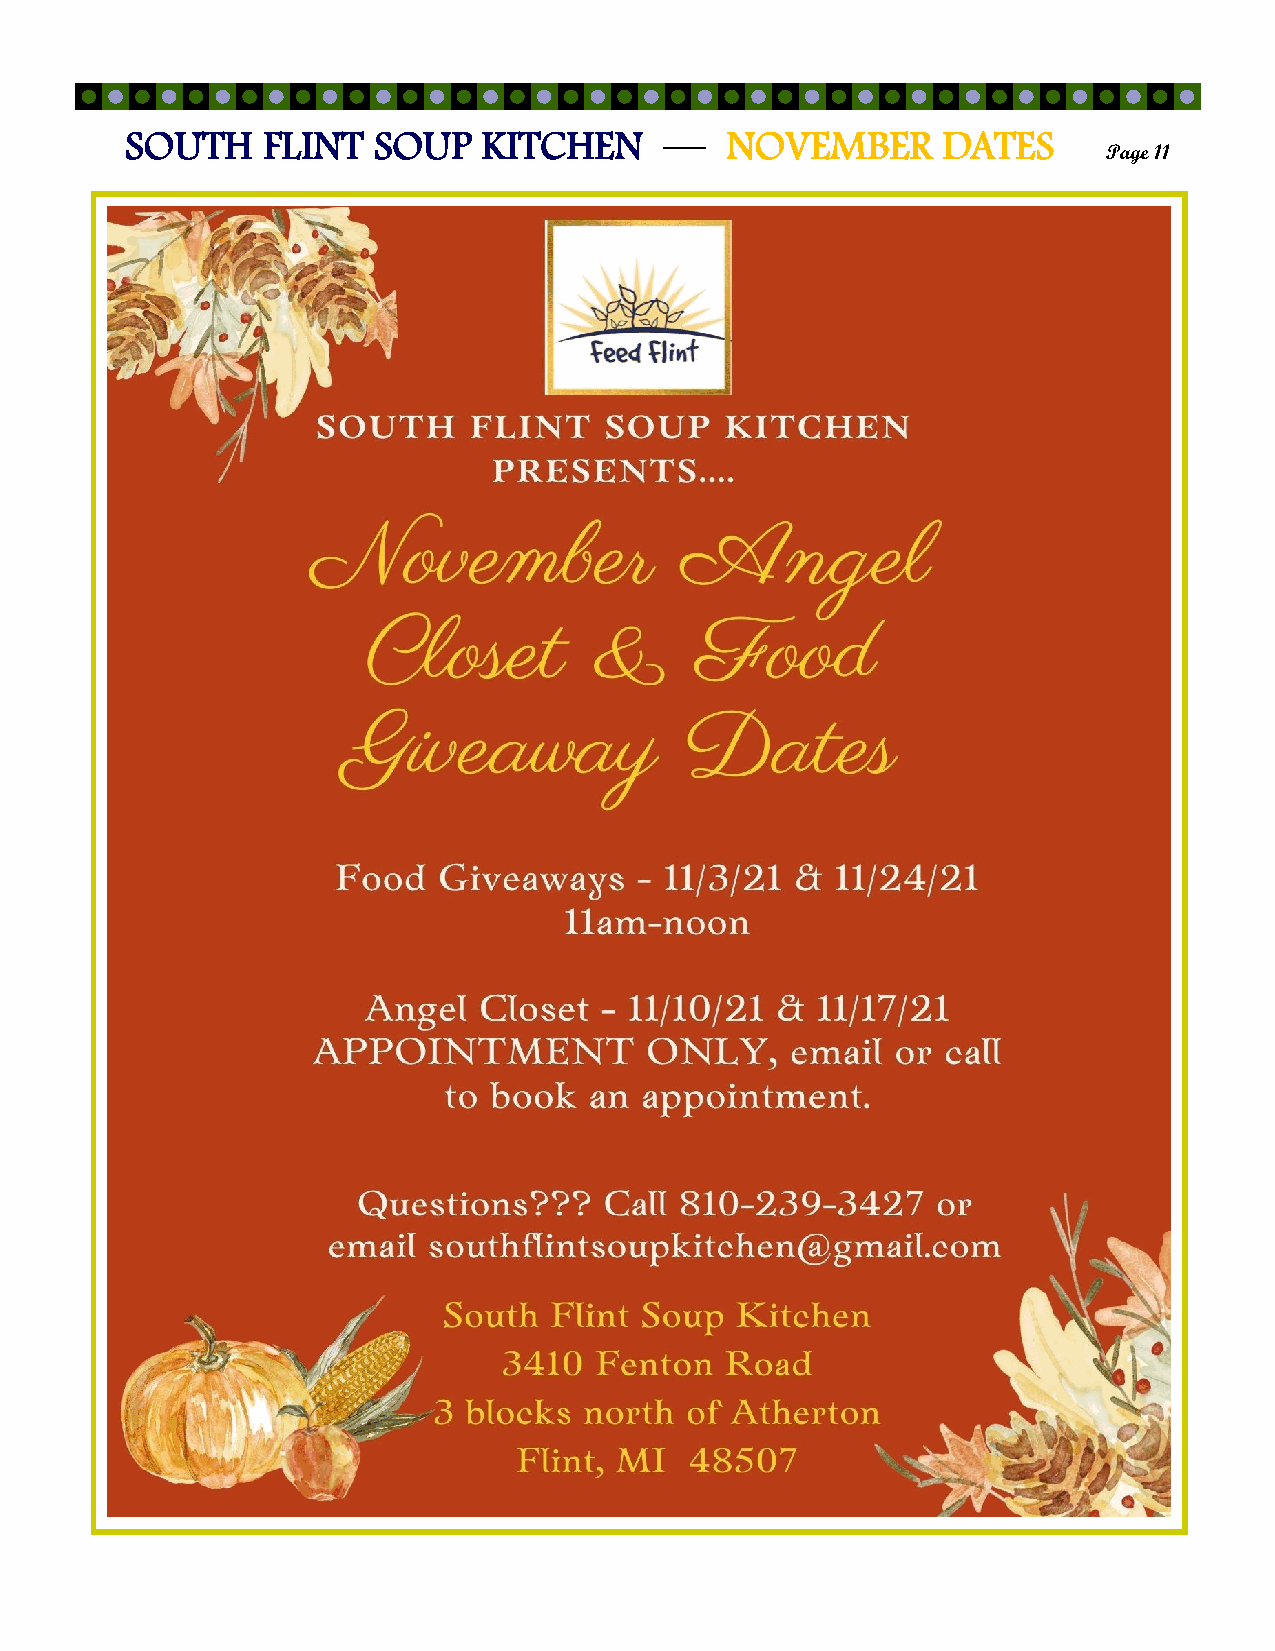
SOUTH    FLINT   SOUP   KITCHEN     —   NOVEMBER      DATES
 Page 11